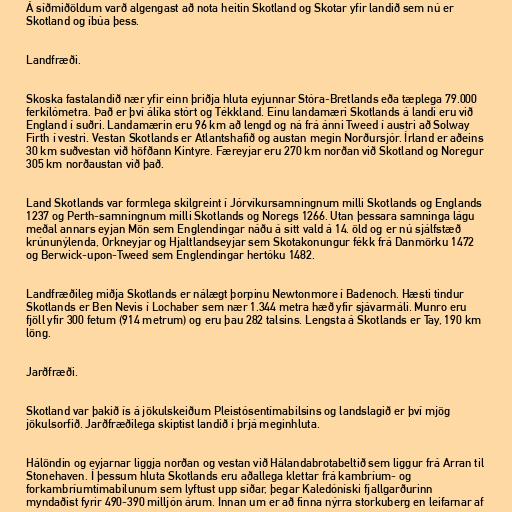
Á síðmiðöldum varð algengast að nota heitin Skotland og Skotar yfir landið sem nú er
Skotland og íbúa þess.

Landfræði.

Skoska fastalandið nær yfir einn þriðja hluta eyjunnar Stóra-Bretlands eða tæplega 79.000
ferkílómetra. Það er því álíka stórt og Tékkland. Einu landamæri Skotlands á landi eru við
England í suðri. Landamærin eru 96 km að lengd og ná frá ánni Tweed í austri að Solway
Firth í vestri. Vestan Skotlands er Atlantshafið og austan megin Norðursjór. Írland er aðeins
30 km suðvestan við höfðann Kintyre. Færeyjar eru 270 km norðan við Skotland og Noregur
305 km norðaustan við það.

Land Skotlands var formlega skilgreint í Jórvíkursamningnum milli Skotlands og Englands
1237 og Perth-samningnum milli Skotlands og Noregs 1266. Utan þessara samninga lágu
meðal annars eyjan Mön sem Englendingar náðu á sitt vald á 14. öld og er nú sjálfstæð
krúnunýlenda, Orkneyjar og Hjaltlandseyjar sem Skotakonungur fékk frá Danmörku 1472
og Berwick-upon-Tweed sem Englendingar hertóku 1482.

Landfræðileg miðja Skotlands er nálægt þorpinu Newtonmore í Badenoch. Hæsti tindur
Skotlands er Ben Nevis í Lochaber sem nær 1.344 metra hæð yfir sjávarmáli. Munro eru
fjöll yfir 300 fetum (914 metrum) og eru þau 282 talsins. Lengsta á Skotlands er Tay, 190 km
löng.

Jarðfræði.

Skotland var þakið ís á jökulskeiðum Pleistósentímabilsins og landslagið er því mjög
jökulsorfið. Jarðfræðilega skiptist landið í þrjá meginhluta.

Hálöndin og eyjarnar liggja norðan og vestan við Hálandabrotabeltið sem liggur frá Arran til
Stonehaven. Í þessum hluta Skotlands eru aðallega klettar frá kambríum- og
forkambríumtímabilunum sem lyftust upp síðar, þegar Kaledóníski fjallgarðurinn
myndaðist fyrir 490-390 milljón árum. Innan um er að finna nýrra storkuberg en leifarnar af